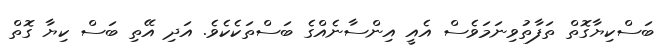
ބަސްކިޔާގޮތް ތަފާތުވިނަމަވެސް އެއީ އިންސާނެއްގެ ބަސްތަކެކެވެ. އަދި އޭތި ބަސް ކިޔާ ގޮތް